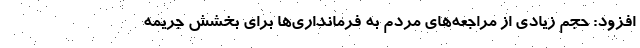
افزود: حجم زیادی از مراجعه‌های مردم به فرمانداری‌ها برای بخشش جریمه